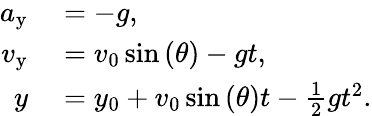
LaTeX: \begin{array}{rl}{a_{\mathrm{y}}}&{{}=-g,}\\ {v_{\mathrm{y}}}&{{}=v_{0}\sin\left(\theta\right)-gt,}\\ {y}&{{}=y_{0}+v_{0}\sin\left(\theta\right)t-{\frac{1}{2}}gt^{2}.}\end{array}